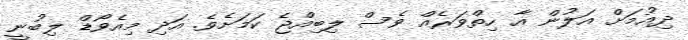
ދިއުމަށް އަލުން އާ ހިތްވަރެއް ވެސް ލިބިއްޖެ ކަމަށެވެ. އަދި މިއެވޯޑް ލިބުނީ